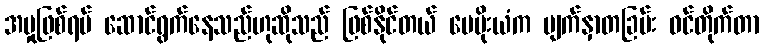
အမှုဖြစ်ရပ် ဆောင်ရွက်နေသည်ဟုဆိုသည် ဖြစ်နိုင်တယ် မေမိုးယံက မျက်နှာတခြမ်း ဝင်တိုက်တာ